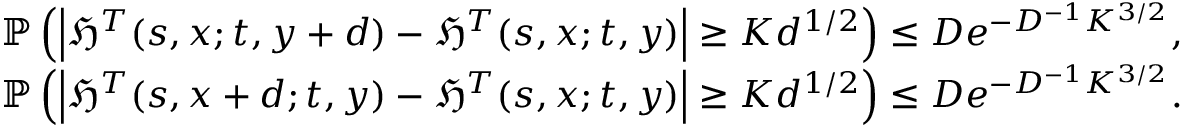
\begin{array} { r } { \mathbb { P } \left( \left| \mathfrak { H } ^ { T } ( s , x ; t , y + d ) - \mathfrak { H } ^ { T } ( s , x ; t , y ) \right| \geq K d ^ { 1 / 2 } \right) \leq D e ^ { - D ^ { - 1 } K ^ { 3 / 2 } } , } \\ { \mathbb { P } \left( \left| \mathfrak { H } ^ { T } ( s , x + d ; t , y ) - \mathfrak { H } ^ { T } ( s , x ; t , y ) \right| \geq K d ^ { 1 / 2 } \right) \leq D e ^ { - D ^ { - 1 } K ^ { 3 / 2 } } . } \end{array}